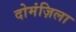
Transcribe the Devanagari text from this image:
दोमंज़िला